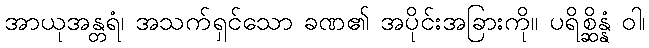
အာယုအန္တရံ၊ အသက်ရှင်သော ခဏ၏ အပိုင်းအခြားကို။ ပရိစ္ဆိန္နံ ဝါ၊